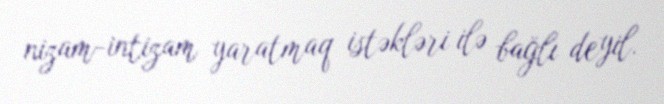
nizam-intizam yaratmaq istəkləri ilə bağlı deyil.